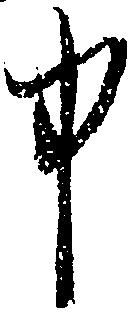
中